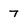
Character: 7